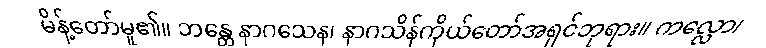
မိန့်တော်မူ၏။ ဘန္တေ နာဂသေန၊ နာဂသိန်ကိုယ်တော်အရှင်ဘုရား။ ကလ္လော၊